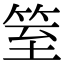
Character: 䇪